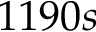
1 1 9 0 s